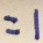
= 1